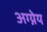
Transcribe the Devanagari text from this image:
अग्न्येय